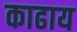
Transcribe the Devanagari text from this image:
काढाय